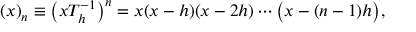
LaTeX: ~ ( x ) _ { n } \equiv \left( x T _ { h } ^ { - 1 } \right) ^ { n } = x ( x - h ) ( x - 2 h ) \cdots { \bigl ( } x - ( n - 1 ) h { \bigr ) } ,